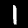
Label: 1